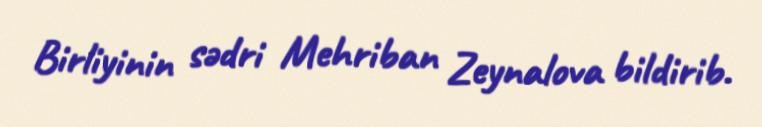
Birliyinin sədri Mehriban Zeynalova bildirib.